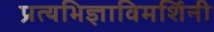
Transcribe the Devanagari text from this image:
प्रत्यभिज्ञाविमर्शिनी